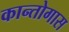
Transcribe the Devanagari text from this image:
कान्तोगास